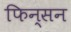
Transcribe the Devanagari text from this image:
फिन्सन